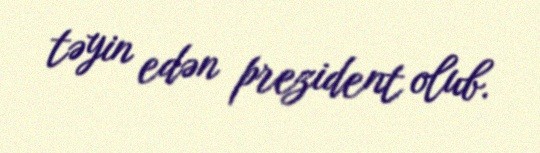
təyin edən prezident olub.